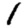
Digit: 1